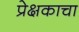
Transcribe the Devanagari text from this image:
प्रेक्षकाचा